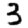
Digit: 3